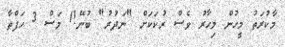
މާކުރަތު މީހުން މިހާރު ވެސް ރުކަކަށް "ނަދުރު" ބުނޭ!1 މަސް 3 ހަފްތާ